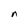
Character: n